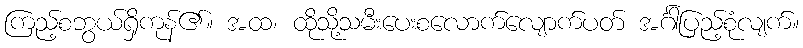
ကြည့်စဘွယ်ရှိကုန်၏။ အထ၊ ထိုသို့သမီးပေးစလောက်လျောက်ပတ် အင်္ဂါပြည့်စုံလျက်။